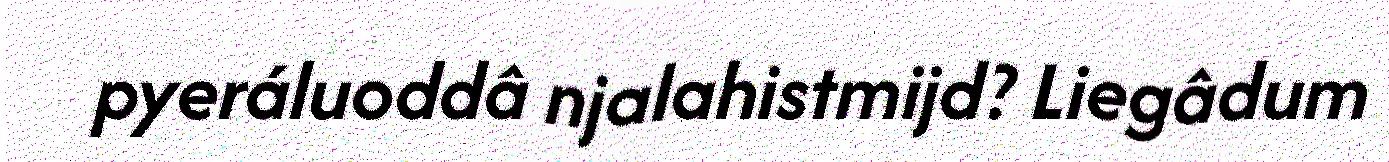
pyeráluoddâ njalahistmijd? Liegâdum